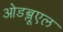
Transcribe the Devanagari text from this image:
ओडब्लूएल